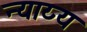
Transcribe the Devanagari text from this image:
न्‍याय्य